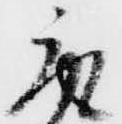
取